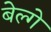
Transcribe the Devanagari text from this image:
बेल्गे